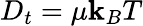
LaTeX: D_{t}=\mu\mathbf{k}_{B}T